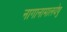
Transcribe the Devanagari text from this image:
नागानामालयेषु